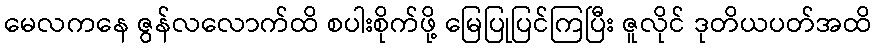
မေလကနေ ဇွန်လလောက်ထိ စပါးစိုက်ဖို့ မြေပြုပြင်ကြပြီး ဇူလိုင် ဒုတိယပတ်အထိ